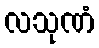
လသုဏံ